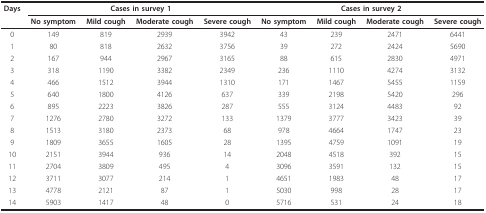
| Days | <COLSPAN=4> Cases in survey 1 | <COLSPAN=4> Cases in survey 2 |
 |  | No symptom | Mild cough | Moderate cough | Severe cough | No symptom | Mild cough | Moderate cough | Severe cough |
 | --- | --- | --- | --- | --- | --- | --- | --- | --- |
 | 0 | 149 | 819 | 2939 | 3942 | 43 | 239 | 2471 | 6441 |
 | 1 | 80 | 818 | 2632 | 3756 | 39 | 272 | 2424 | 5690 |
 | 2 | 167 | 944 | 2967 | 3165 | 88 | 615 | 2830 | 4971 |
 | 3 | 318 | 1190 | 3382 | 2349 | 236 | 1110 | 4274 | 3132 |
 | 4 | 466 | 1512 | 3944 | 1310 | 171 | 1467 | 5455 | 1159 |
 | 5 | 640 | 1800 | 4126 | 637 | 339 | 2198 | 5420 | 296 |
 | 6 | 895 | 2223 | 3826 | 287 | 555 | 3124 | 4483 | 92 |
 | 7 | 1276 | 2780 | 3272 | 133 | 1379 | 3777 | 3423 | 39 |
 | 8 | 1513 | 3180 | 2373 | 68 | 978 | 4664 | 1747 | 23 |
 | 9 | 1809 | 3655 | 1605 | 28 | 1395 | 4759 | 1091 | 19 |
 | 10 | 2151 | 3944 | 936 | 14 | 2048 | 4518 | 392 | 15 |
 | 11 | 2704 | 3809 | 495 | 4 | 3096 | 3591 | 132 | 15 |
 | 12 | 3711 | 3077 | 214 | 1 | 4651 | 1983 | 48 | 17 |
 | 13 | 4778 | 2121 | 87 | 1 | 5030 | 998 | 28 | 17 |
 | 14 | 5903 | 1417 | 48 | 0 | 5716 | 531 | 24 | 18 |